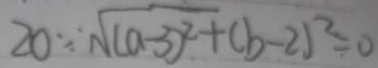
2 0 \because \sqrt { ( a - 3 ) ^ { 2 } } + ( b - 2 ) ^ { 2 } = 0